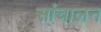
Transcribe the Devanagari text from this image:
सांचालन